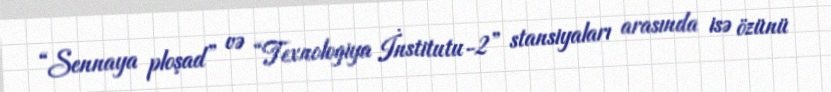
“Sennaya ploşad” və “Texnologiya İnstitutu-2” stansiyaları arasında isə özünü